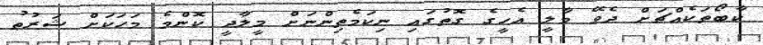
ކާބޯތަކެއްޗަށް ދެވޭ މާލީ އެހީގެ ގޮތުގައި ނިކަމެތިންނަށް މީލާދީ ކޮންމެ މަހަކަށް ޝަރުޠު